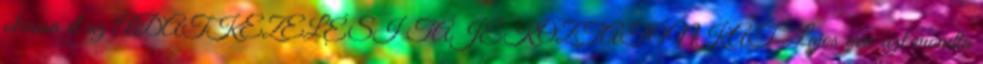
olvassa el az ADATKEZELÉSI TÁJÉKOZTATÓNKAT „Lajos erre azt mondta